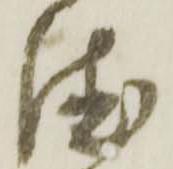
徳